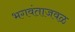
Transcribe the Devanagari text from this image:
भगवंताजवळ